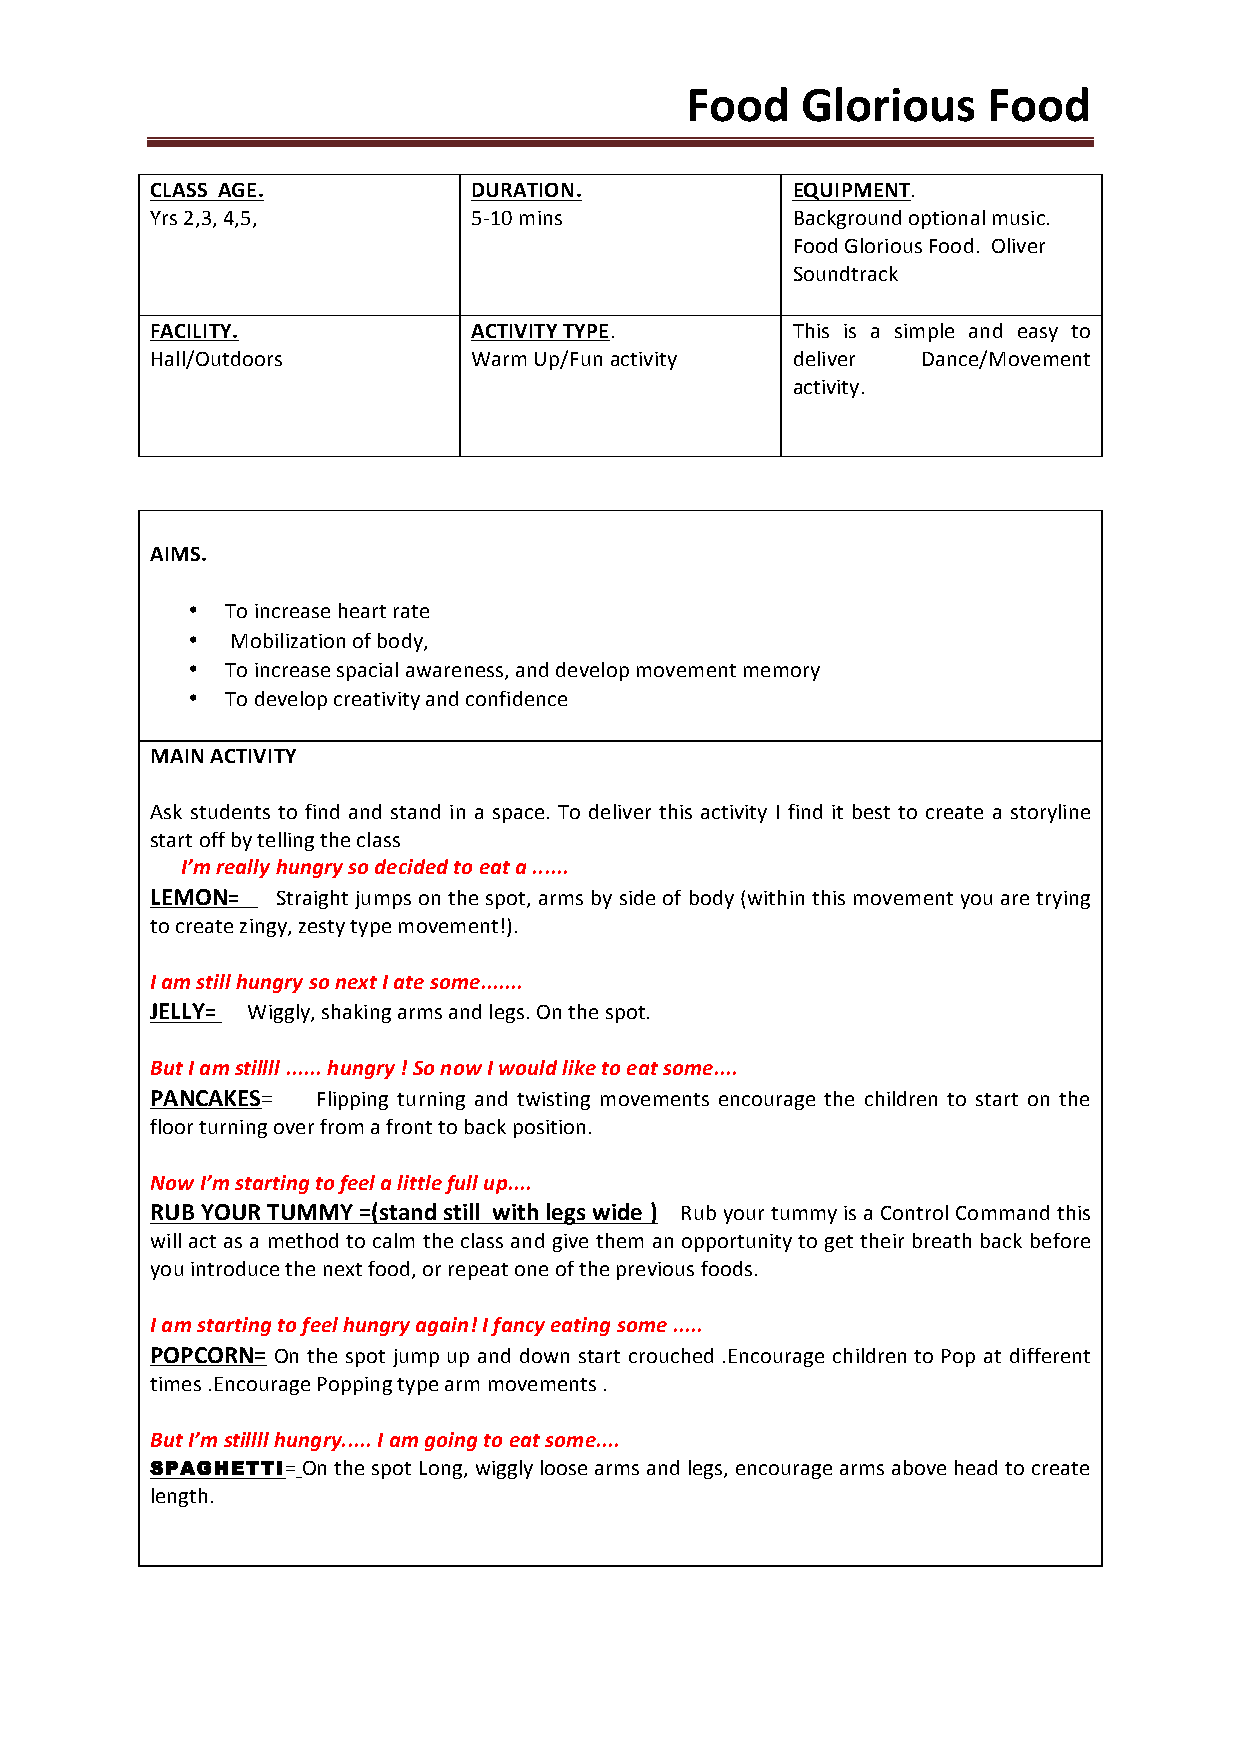
Food    Glorious    Food
 CLASS AGE.           DURATION.            EQUIPMENT.
 Yrs 2,3, 4,5,        5-­‐10 mins          Background optional music.
 Food Glorious Food. Oliver
 Soundtrack
 FACILITY.            ACTIVITY TYPE.       This is a simple and easy to
 Hall/Outdoors        Warm Up/Fun activity deliver  Dance/Movement
 activity.
 AIMS.
 •  To increase heart rate
 •  Mobilization of body,
 •  To increase spacial awareness, and develop movement memory
 •  To develop creativity and confidence
 MAIN ACTIVITY
 Ask students to find and stand in a space. To deliver this activity I find it best to create a storyline
 start off by telling the class
 I’m really hungry so decided to eat a ......
 LEMON=  Straight jumps on the spot, arms by side of body (within this movement you are trying
 to create zingy, zesty type movement!).
 I am still hungry so next I ate some.......
 JELLY= Wiggly, shaking arms and legs. On the spot.
 But I am stillll ...... hungry ! So now I would like to eat some....
 PANCAKES=  Flipping turning and twisting movements encourage the children to start on the
 floor turning over from a front to back position.
 Now I’m starting to feel a little full up....
 RUB YOUR TUMMY =(stand still with legs wide ) Rub your tummy is a Control Command this
 will act as a method to calm the class and give them an opportunity to get their breath back before
 you introduce the next food, or repeat one of the previous foods.
 I am starting to feel hungry again! I fancy eating some .....
 POPCORN= On the spot jump up and down start crouched .Encourage children to Pop at different
 times .Encourage Popping type arm movements .
 But I’m stillll hungry..... I am going to eat some....
 SPAGHETTI= On the spot Long, wiggly loose arms and legs, encourage arms above head to create
 length.